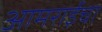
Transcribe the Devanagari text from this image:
आमराईचा